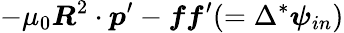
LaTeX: -\mu_{0}\boldsymbol{R}^{2}\cdot\boldsymbol{p}^{\prime}-\boldsymbol{ff}^{\prime}(=\Delta^{*}\boldsymbol{\psi}_{in})